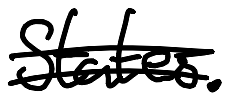
Text: States.
Cross-out: mix
Writing tool: digital_black